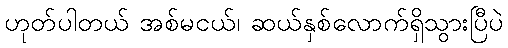
ဟုတ်ပါတယ် အစ်မငယ်၊ ဆယ်နှစ်လောက်ရှိသွားပြီပဲ